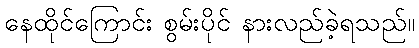
နေထိုင်ကြောင်း စွမ်းပိုင် နားလည်ခဲ့ရသည်။